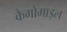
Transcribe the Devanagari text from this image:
कैमोमाइल